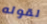
لقوله